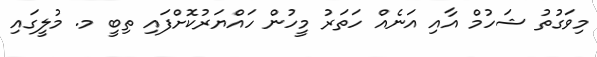
މިވަގުތު ޝަހުމް އާއި އަނެއް ހަތަރު މީހުން ހައްޔަރުކޮށްފައި ތިބީ މ. މުލީގައި